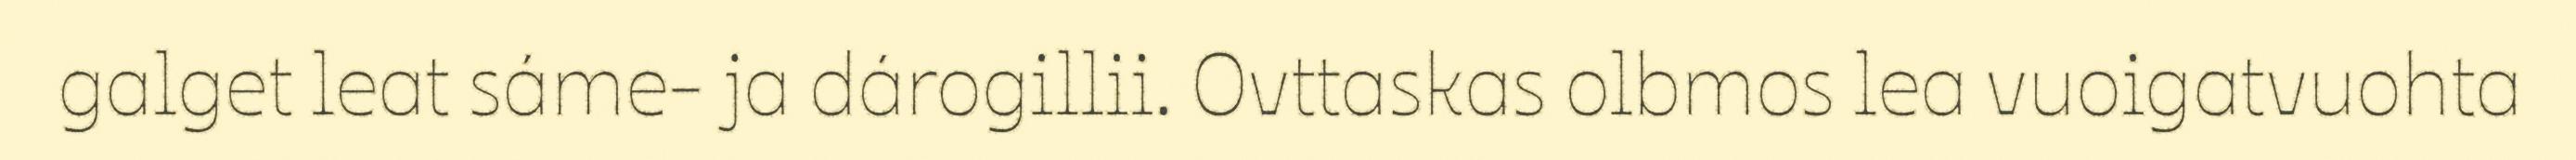
galget leat sáme- ja dárogillii. Ovttaskas olbmos lea vuoigatvuohta